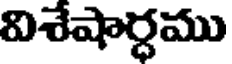
విశేషార్ధము